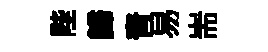
陛歸青易耑